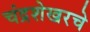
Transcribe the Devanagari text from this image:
चंद्रशेखरचे